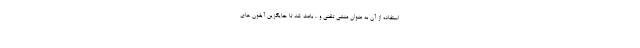
استفاده از آن به عنوان منشی تلفنی و .. باعث شد تا جایگزین آیفون های